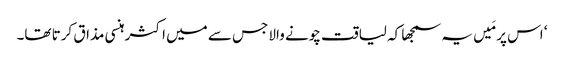
‘ اس پر مَیں یہ سمجھا کہ لیاقت چونے والا جس سے میں اکثر ہنسی مذاق کرتا تھا۔